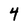
Character: 4